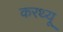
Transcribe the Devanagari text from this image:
करथ्यू